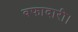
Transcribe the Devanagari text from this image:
वफादारी।